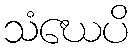
သံဃေပိ